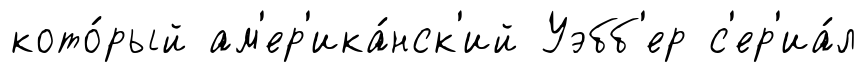
кото́рый ам'ер'ика́нск'ий Уэбб'ер с'ер'иа́л